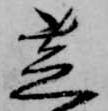
芝